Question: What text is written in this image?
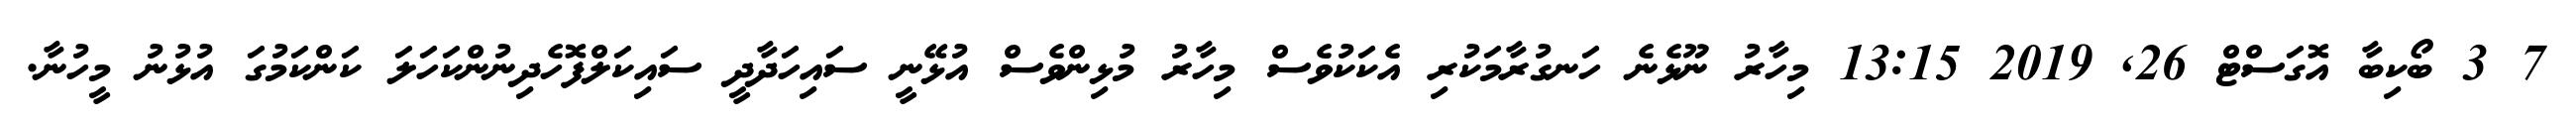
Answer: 7 3 ބޯކިބާ އޮގަސްޓް 26, 2019 13:15 މިހާރު ނޫޅެނެ ހަނގުރާމަކުރި އެކަކުވެސް މިހާރު މުޅިންވެސް އުޅޭނީ ސައިހަދާދީ ސައިކަލްފޮހެދިނުންކަހަލަ ކަންކަމުގަ އުޅުނު މީހުނާ.